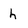
Character: h